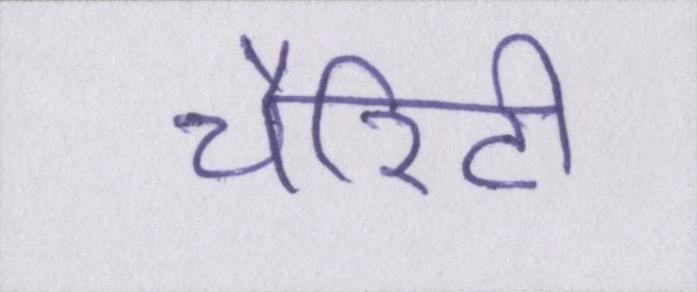
चैरिटी